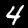
Label: 4